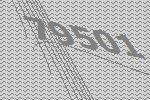
79501